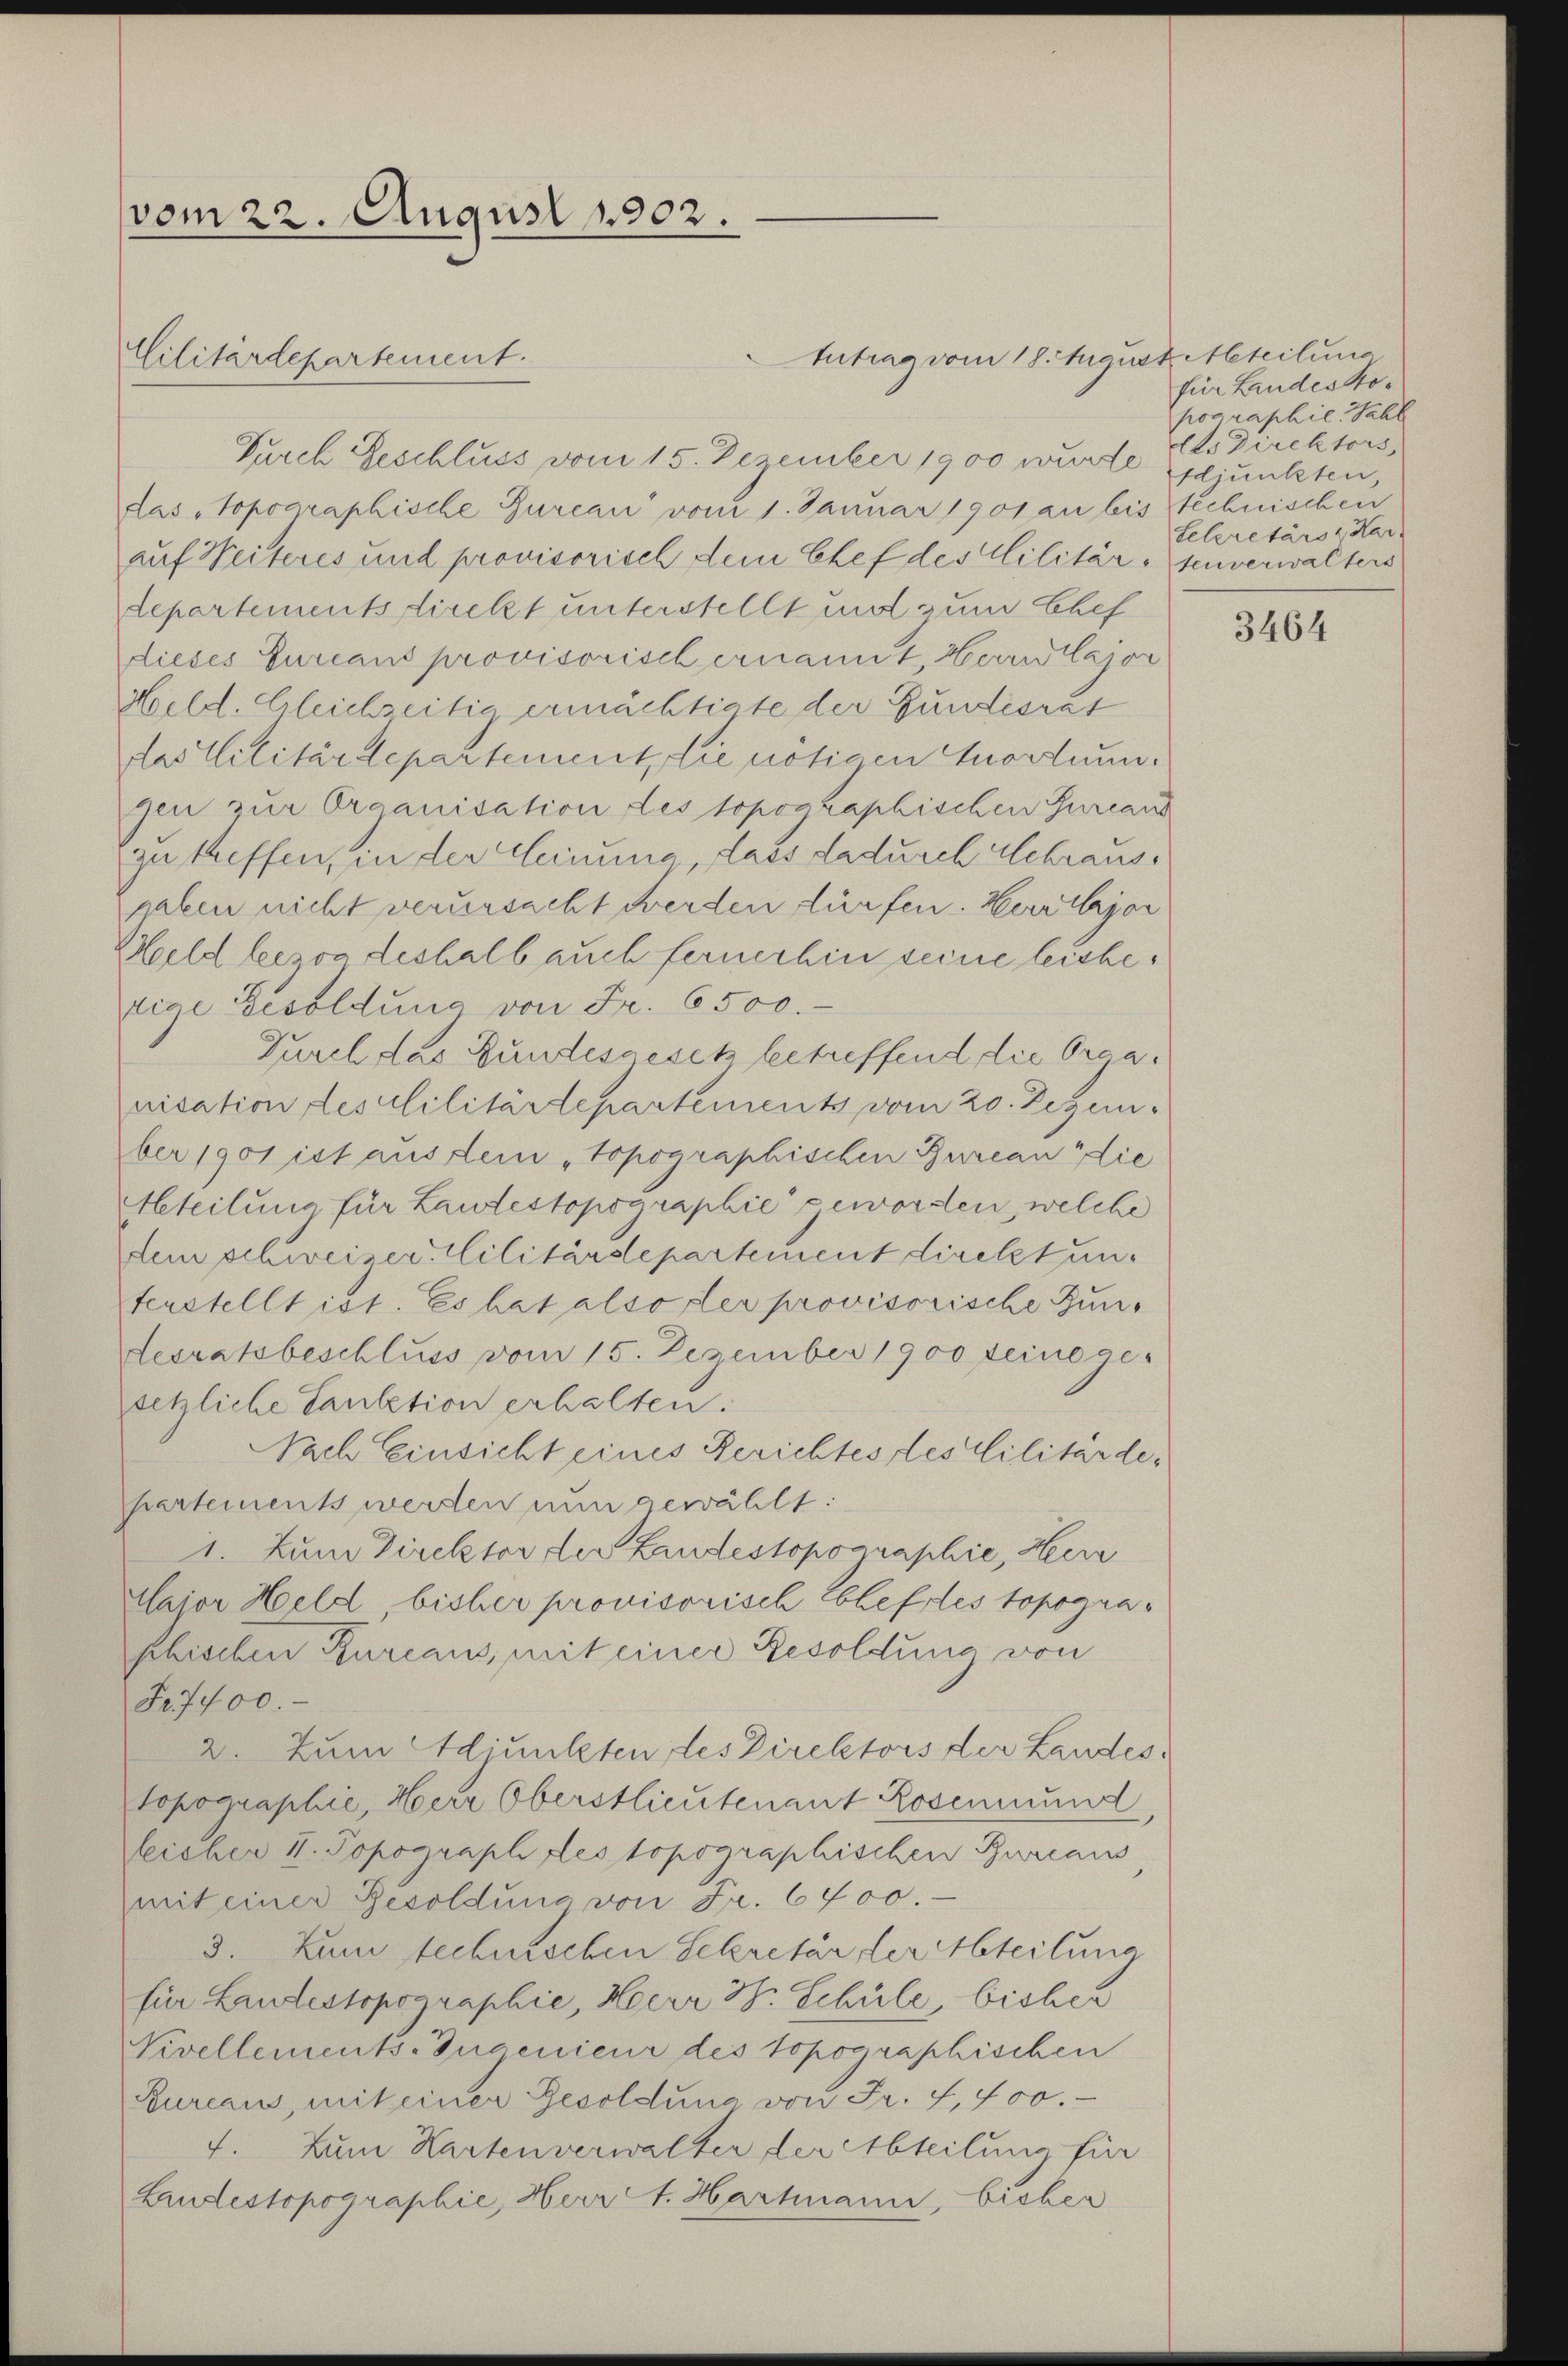
vom 22. August 1902.

Cilitärdepartement.

Durch Geschluss vom 15. Dezember 1900 wurde
das topographische Bureau vom 1. Januar 1901 an bis technischen
auf Weiteres und provisorisch dem Chef des Militär-senverwalters
departements direkt unterstellt und zum Ehef
dieses Eureaus provisorisch ernannt Herrlajor
Held. Gleichzeitig ermächtigte der Gundesrat
das Militärdepartement, die nötigen Anordnungen zur Organisation des topographischen Gurcar
zu treffen, in der Meinung dass dadurch Schraushaben nicht verursacht werden dürfen. Herr Major
Held bezog deshalb auch fernerhin seine leiche.
tige Besoldung von Fr. 6500.
Durch das Bundesgesetz betreffend die Organisation feslilitärtepartements vom 20. Dezem
ber 1901 ist aus dem „topographischen Bureau die
Heteilung für Lautestopographie geworden, welche
dem schweizer, Cilitärdepartement direkt unterstellt ist. Es hat also der provisorische Zundesratsbeschluss vom 15. Dezember 1900 feine ge-
setzliche Caution erhalten.
Nach Einsicht eines Berichtes des Militärdepartements werden nun gewählt:
1. Zum Direktor der Landestopographie, Herr
Major Held, bisher provisorisch Ehefres topographischen Bureaus, mit einer Besoldung von
Fr.7400.
2. Zum Miunkten des Direktors der Landes
topographie, Herr Oberstlieutenant Rosenmund
leicher II. Popograph des topographischen Bureaus
mit einer Besoldung von Fr. 6400.
3. Zum technischen Sekretär der Abteilung
für Landestopographie, Herr H. Schule, bisher
Nivellements-Ingenieur des topographischen
Bureaus, mit einer Gesoldung von Fr. 4, 400.
4. Zum Kartenverwalter der Abteilung für
Laudestopographie, Herr A. Hartmann, bisber

Antrag vom 18. August Meteilung

für Landeskohographil. Sahl
dtes Direktors,
Adjunkten,
Sekretärs & Kar-

3464